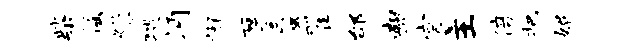
柴徭燥猥眄懈厚蜃翟邰豳宫主倍把媚